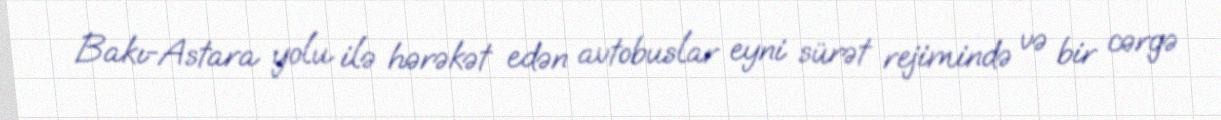
Bakı-Astara yolu ilə hərəkət edən avtobuslar eyni sürət rejimində və bir cərgə